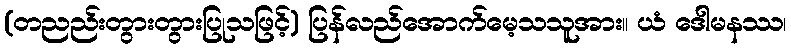
(တညည်းတွားတွားပြုသဖြင့်) ပြန်လည်အောက်မေ့သသူအား။ ယံ ဒေါမနဿ၊